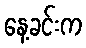
နေ့ခင်းက